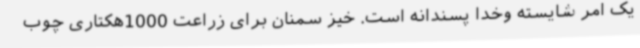
یک امر شایسته وخدا پسندانه است. خیز سمنان برای زراعت 1000هکتاری چوب